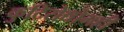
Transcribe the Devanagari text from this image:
कुटिरोद्योगही